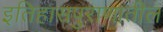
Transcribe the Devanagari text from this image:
इतिहासपुराणातील